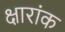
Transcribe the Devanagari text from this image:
क्षारांक